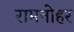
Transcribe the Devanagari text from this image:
रामनोहर